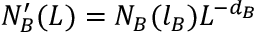
N _ { B } ^ { \prime } ( L ) = N _ { B } ( l _ { B } ) L ^ { - d _ { B } }